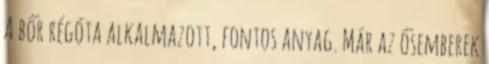
A bőr régóta alkalmazott, fontos anyag. Már az ősemberek